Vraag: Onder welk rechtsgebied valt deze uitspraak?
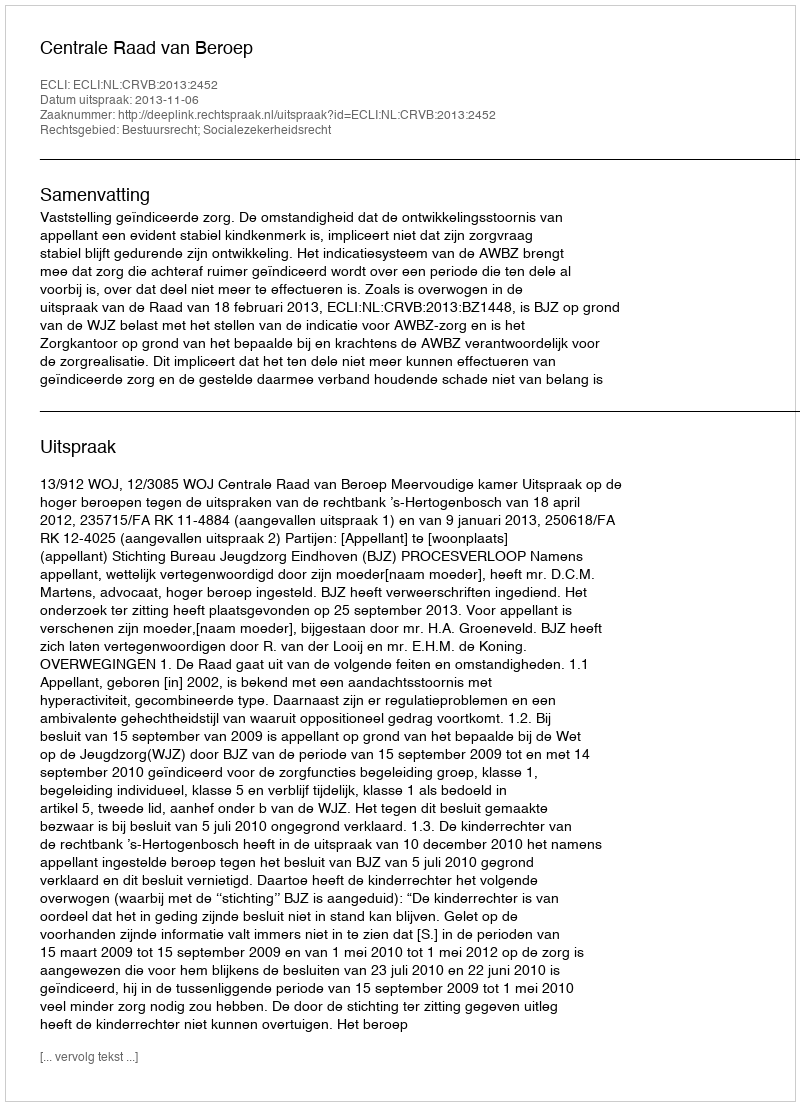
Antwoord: Bestuursrecht; Socialezekerheidsrecht